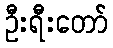
ဦးရီးတော်